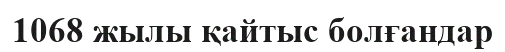
1068 жылы қайтыс болғандар